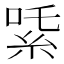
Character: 𬗍